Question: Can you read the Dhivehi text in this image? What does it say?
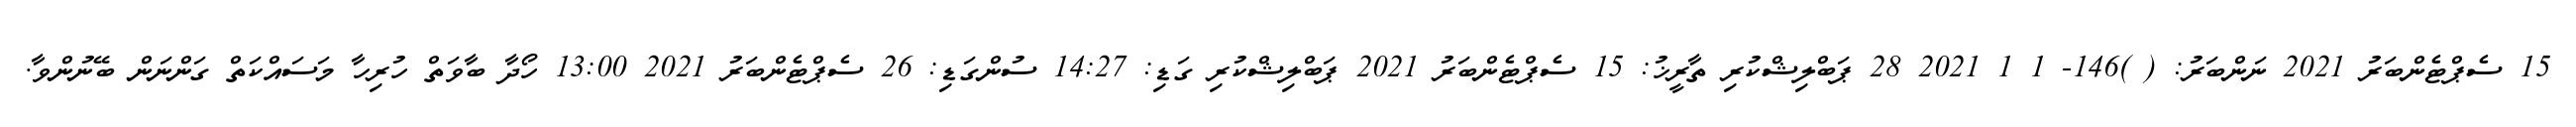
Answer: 15 ސެޕްޓެންބަރު 2021 ނަންބަރު: ( )146- 1 1 2021 28 ޕަބްލިޝްކުރި ތާރީޚު: 15 ސެޕްޓެންބަރު 2021 ޕަބްލިޝްކުރި ގަޑި: 14:27 ސުންގަޑި: 26 ސެޕްޓެންބަރު 2021 13:00 ހޯދާ ބާވަތް ހުރިހާ މަސައްކަތް ގަންނަން ބޭނުންވާ.